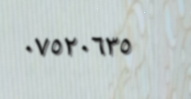
٠٧٥٢٠٦٣٥